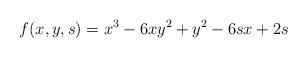
LaTeX: \begin{align*}f(x,y,s)=x^{3}-6xy^{2}+y^{2}-6sx+2s \end{align*}